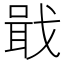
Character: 戢